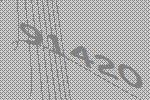
91420